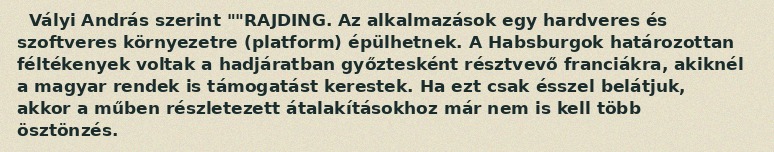
Vályi András szerint ""RAJDING. Az alkalmazások egy hardveres és szoftveres környezetre (platform) épülhetnek. A Habsburgok határozottan féltékenyek voltak a hadjáratban győztesként résztvevő franciákra, akiknél a magyar rendek is támogatást kerestek. Ha ezt csak ésszel belátjuk, akkor a műben részletezett átalakításokhoz már nem is kell több ösztönzés.